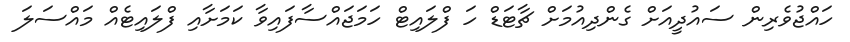
ހައްޖުވެރިން ސައުދީއަށް ގެންދިއުމަށް ޗާޓަޑް ހަ ފްލައިޓް ހަމަޖައްސާފައިވާ ކަމަށާއި ފްލައިޓެއް މައްސަލަ